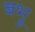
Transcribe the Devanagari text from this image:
बभ्रु